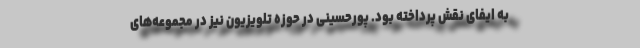
به ایفای نقش پرداخته بود. پورحسینی در حوزه تلویزیون نیز در مجموعه‌های